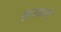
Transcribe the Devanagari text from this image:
हलकारे